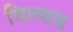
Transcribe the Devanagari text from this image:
विल्सढ